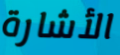
الأشارة